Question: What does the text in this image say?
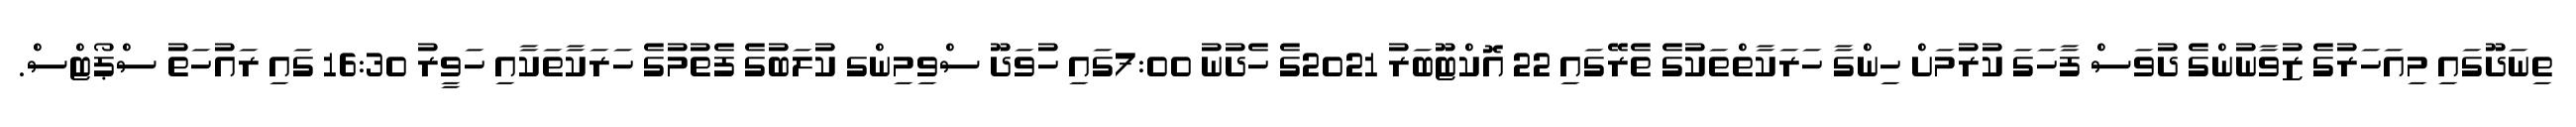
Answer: ތިނަދޫގައި މިއަހަރުގެ ޒުވާނުންގެ ދުވަސް ފާހަގަ ކުރުމަށް ހިންގާ ހަރަކާތްތަކުގެ ތެރޭގައި 22 އޮކްޓޫބަރު 2021ގެ ހެދުނު 7:00ގައި ހުވަދޫ ސްވިމިންގ ކުލަބުގެ ފެތުމުގެ ހަރަކާތަކާއި ހަވީރު 16:30 ގައި ރައުހަތު ސްޕޯޓްސް.